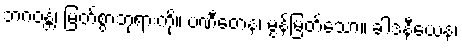
ဘဂဝန္တံ၊ မြတ်စွာဘုရားကို။ ပဏီတေန၊ မွန်မြတ်သော။ ခါဒနီယေန၊